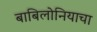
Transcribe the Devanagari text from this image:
बाबिलोनियाचा